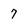
Character: 7